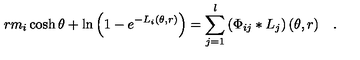
r m _ { i } \cosh \theta + \ln \left( 1 - e ^ { - L _ { i } ( \theta , r ) } \right) = \sum _ { j = 1 } ^ { l } \left( \Phi _ { i j } * L _ { j } \right) ( \theta , r ) \quad .